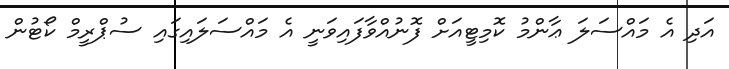
އަދި އެ މައްސަލަ ޢާންމު ކޮމިޓީއަށް ފޮނުއްވާފައިވަނީ އެ މައްސަލައިގައި ސުޕްރީމް ކޯޓުން